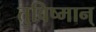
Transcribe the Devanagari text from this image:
तुविष्मान्